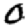
Digit: 0